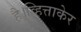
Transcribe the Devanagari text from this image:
है।व्हित्ताकेर